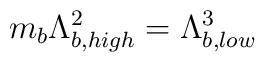
m_{b}\Lambda_{b,high}^{2} = \Lambda_{b,low}^{3}